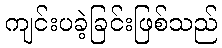
ကျင်းပခဲ့ခြင်းဖြစ်သည်